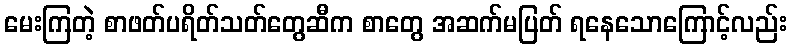
မေးကြတဲ့ စာဖတ်ပရိတ်သတ်တွေဆီက စာတွေ အဆက်မပြတ် ရနေသောကြောင့်လည်း